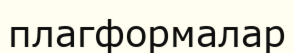
плагформалар